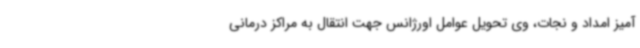
آمیز امداد و نجات، وی تحویل عوامل اورژانس جهت انتقال به مراکز درمانی